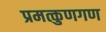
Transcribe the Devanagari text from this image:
प्रमत्कुणगण